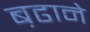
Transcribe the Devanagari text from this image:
ब़ढाने